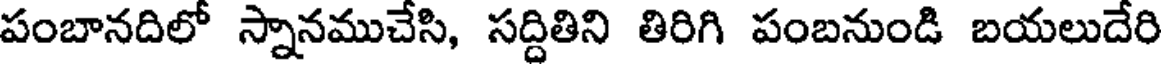
పంబానదిలో స్నానముచేసి, సద్దితిని తిరిగి పంబనుండి బయలుదేరి